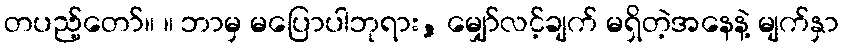
တပည့်တော်။ ။ ဘာမှ မပြောပါဘုရား, မျှော်လင့်ချက် မရှိတဲ့အနေနဲ့ မျက်နှာ